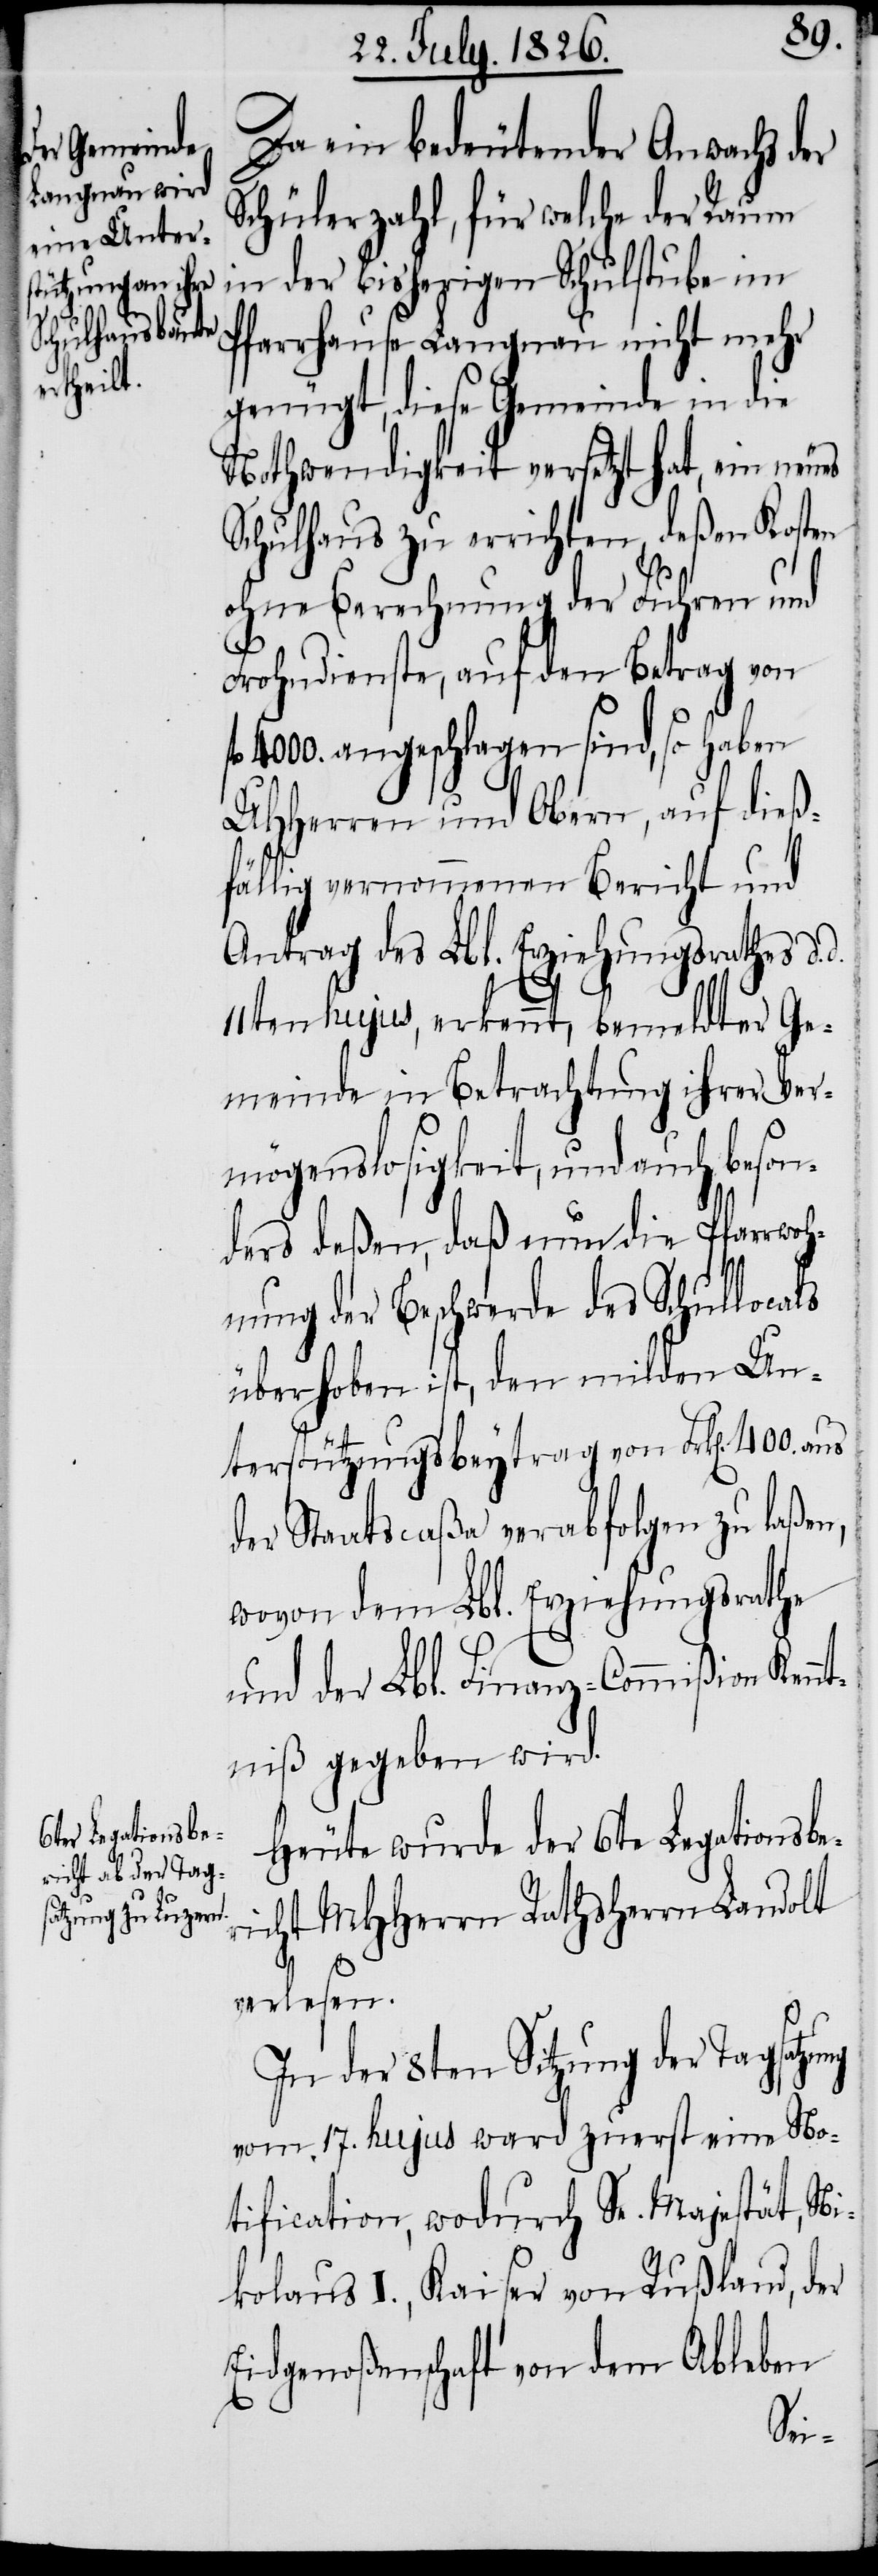
Da ein bedeutender Anwachs der
Schülerzahl, für welche der Raum
in der bisherigen Schulstube im
Pfarrhause Langnau nicht mehr
genügt, diese Gemeinde in die
Nothwendigkeit versetzt hat, ein neues
Schulhaus zu errichten, deßen Kosten
ohne Berechnung der Fuhren und
Frohndienste, auf den Betrag von
4000. angeschlagen sind, so haben
MHHerren und Obern, auf dieß¬
fälligen vernommenen Bericht und
Antrag des Lbl. Erziehungsrathes d.
11ten hujus, erkennt, bemeldter Ge¬
meinde in Betrachtung ihrer Ver¬
mögenslosigkeit, und auch beson¬
ders deßen, daß nun die Pfarrwoh¬
nung der Beschwerde des Schullocals
überhoben ist, den milden Un¬
terstützungsbeytrag von Frk[en]. 400.
der Staatscaßa verabfolgen zu laßen,
wovon dem Lbl. Erziehungsrathe
und der Lbl. Finanz-Commißion Ken¬
ntniß gegeben wird.
Heute wurde der 6te Legationsbe¬
richt MHHerrn Rathsherrn Landolt
verlesen.
In der 8ten Sitzung der Tagsatzu¬
vom 17. hujus ward zuerst eine No¬
tification, wodurch Se. Majestät, Ni¬
kolaus I., Kaiser von Rußland, der
Eidgenoßenschaft von dem Ableben
ng